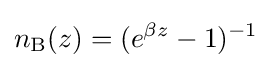
n_{\rm {B}}(z)=(e^{\beta z}-1)^{-1}